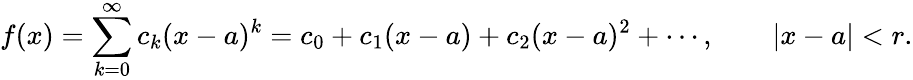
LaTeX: f(x)=\sum_{k=0}^{\infty}c_{k}(x-a)^{k}=c_{0}+c_{1}(x-a)+c_{2}(x-a)^{2}+\cdots,\qquad|x-a|<r.